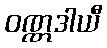
ဝဏ္ဏဒါယီ